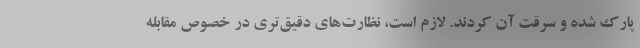
پارک شده و سرقت آن کردند. لازم است، نظارت‌های دقیق‌تری در خصوص مقابله